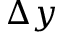
\Delta y